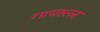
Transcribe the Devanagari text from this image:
गायस्लर